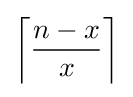
\left\lceil {\frac {n-x}{x}}\right\rceil